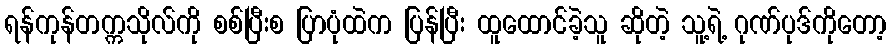
ရန်ကုန်တက္ကသိုလ်ကို စစ်ပြီးစ ပြာပုံထဲက ပြန်ပြီး ထူထောင်ခဲ့သူ ဆိုတဲ့ သူ့ရဲ့ ဂုဏ်ပုဒ်ကိုတော့